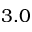
3 . 0